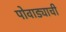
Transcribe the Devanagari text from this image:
पोवाड्याची